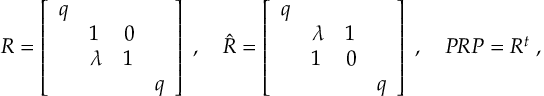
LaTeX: R = \left[ \begin{array} { l l l l } { { q } } & { { \, } } & { { \, } } & { { \, } } \\ { { \, } } & { { 1 } } & { { 0 } } & { { \, } } \\ { { \, } } & { { \lambda } } & { { 1 } } & { { \, } } \\ { { \, } } & { { \, } } & { { \, } } & { { q } } \end{array} \right] \; , \quad \hat { R } = \left[ \begin{array} { l l l l } { { q } } & { { \, } } & { { \, } } & { { \, } } \\ { { \, } } & { { \lambda } } & { { 1 } } & { { \, } } \\ { { \, } } & { { 1 } } & { { 0 } } & { { \, } } \\ { { \, } } & { { \, } } & { { \, } } & { { q } } \end{array} \right] \; , \quad { \cal P } R { \cal P } = R ^ { t } \; ,